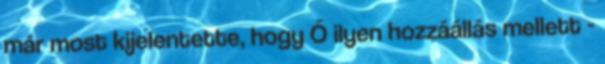
már most kijelentette, hogy Ő ilyen hozzáállás mellett -